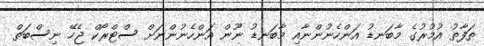
ތަފާތު އުމުރުގެ މާބަނޑު އަންހެނުންނާއި މާބަނޑު ނޫން އަންހެނުންނަށް ސްޓްރޯކް ޖެހޭ ނިސްބަތް